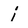
Character: i